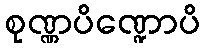
စုဏ္ဏပိဏ္ဍောပိ